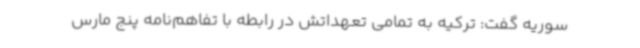
سوریه گفت: ترکیه به تمامی تعهداتش در رابطه با تفاهم‌نامه پنج مارس